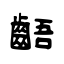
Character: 齬